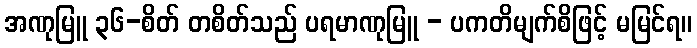
အဏုမြူ ၃၆-စိတ် တစိတ်သည် ပရမာဏုမြူ - ပကတိမျက်စိဖြင့် မမြင်ရ။